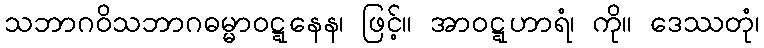
သဘာဂဝိသဘာဂဓမ္မာဝဋ္ဋနေန၊ ဖြင့်။ အာဝဋ္ဋဟာရံ၊ ကို။ ဒေဿတုံ၊